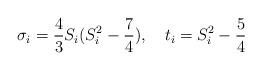
LaTeX: \begin{align*}{\sigma}_i = {4\over 3}S_i(S_i^2-{7\over 4}), \quad t_i = S_i^2-{5\over 4}\end{align*}